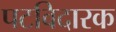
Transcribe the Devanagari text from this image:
पटविदारक